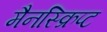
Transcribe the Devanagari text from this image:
मैनस्क्रिप्ट